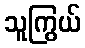
သူကြွယ်